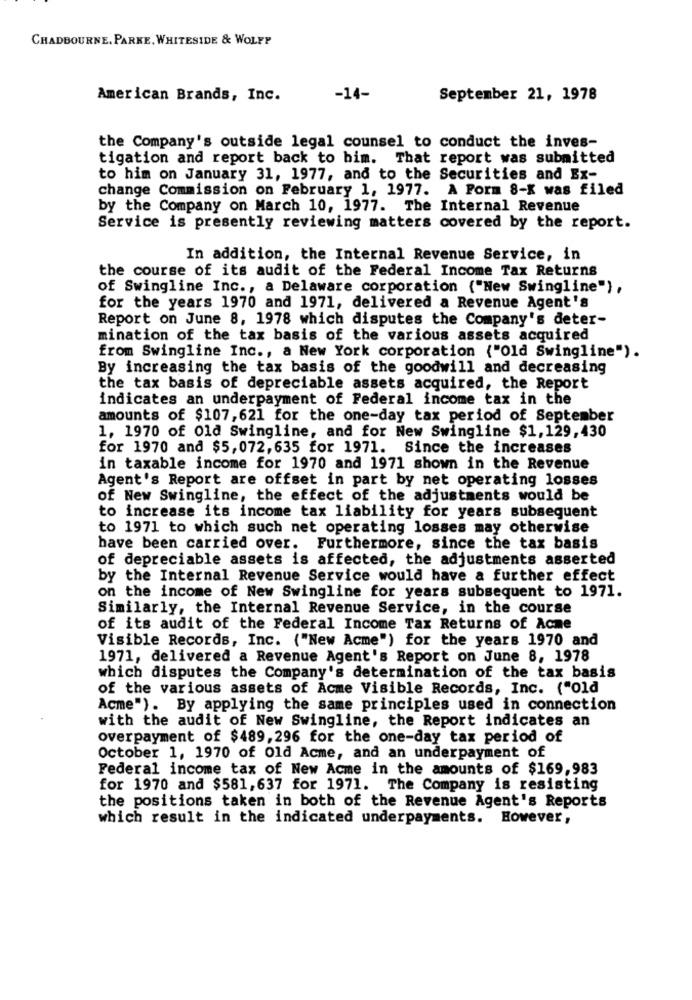
CHADBOURNE, PARKE, WHITESIDE & WOLFP
American Brands, Inc.
-14-
September 21, 1978
the Company's outside legal counsel to conduct the inves-
tigation and report back to bim. That report was submitted
to him on January 31, 1977, and to the Securities and Ex-
change Commission on February 1, 1977. A Form 8-K was filed
by the Company on March 10, 1977. The Internal Revenue
Service is presently reviewing matters covered by the report.
In addition, the Internal Revenue Service, in
the course of its audit of the Federal Income Tax Returns
of Swingline Inc ., a Delaware corporation ("New Swingline"),
for the years 1970 and 1971, delivered a Revenue Agent's
Report on June 8, 1978 which disputes the Company's deter-
mination of the tax basis of the various assets acquired
from Swingline Inc ., a New York corporation ("Old Swingline").
By increasing the tax basis of the goodwill and decreasing
the tax basis of depreciable assets acquired, the Report
indicates an underpayment of Federal income tax in the
amounts of $107,621 for the one-day tax period of September
1, 1970 of Old Swingline, and for New Swingline $1,129, 430
for 1970 and $5,072, 635 for 1971. Since the increases
in taxable income for 1970 and 1971 shown in the Revenue
Agent's Report are offset in part by net operating losses
of New Swingline, the effect of the adjustments would be
to increase its income tax liability for years subsequent
to 1971 to which such net operating losses may otherwise
have been carried over. Furthermore, since the tax basis
of depreciable assets is affected, the adjustments asserted
by the Internal Revenue Service would have a further effect
on the income of New Swingline for years subsequent to 1971.
Similarly, the Internal Revenue Service, in the course
of its audit of the Federal Income Tax Returns of Acme
Visible Records, Inc. ("New Acme") for the years 1970 and
1971, delivered a Revenue Agent's Report on June 8, 1978
which disputes the Company's determination of the tax basis
of the various assets of Acme Visible Records, Inc. ("Old
Acme"). By applying the same principles used in connection
with the audit of New Swingline, the Report indicates an
overpayment of $489,296 for the one-day tax period of
October 1, 1970 of Old Acme, and an underpayment of
Federal income tax of New Acme in the amounts of $169,983
for 1970 and $581, 637 for 1971. The Company is resisting
the positions taken in both of the Revenue Agent's Reports
which result in the indicated underpayments. However,